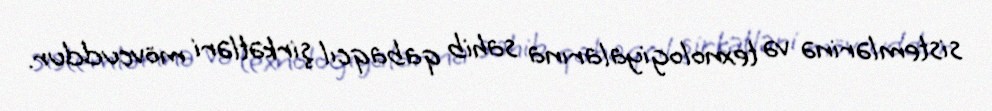
sistemlərinə və texnologiyalarına sahib qabaqcıl şirkətləri mövcuddur.